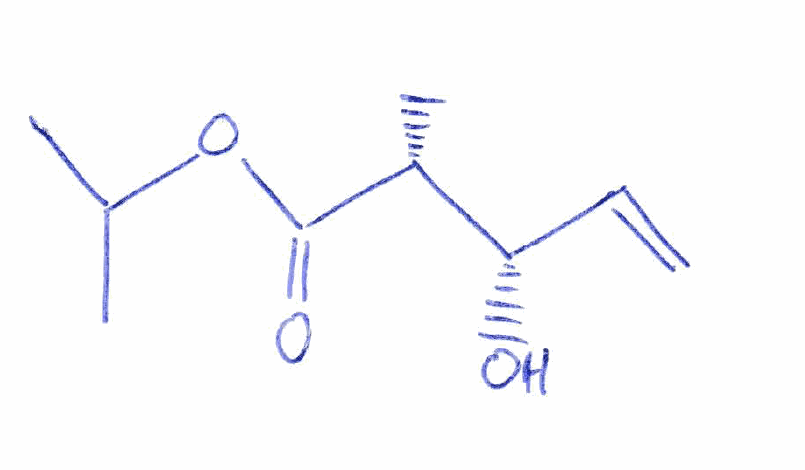
Simplified molecular-input line-entry system (SMILES) notation of the given molecule:
C[C@H]([C@H](C=C)O)C(=O)OC(C)C